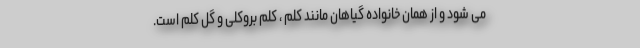
می شود و از همان خانواده گیاهان مانند کلم ، کلم بروکلی و گل کلم است.